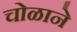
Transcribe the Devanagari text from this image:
चोळाने